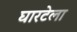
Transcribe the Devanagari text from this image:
घारटेला